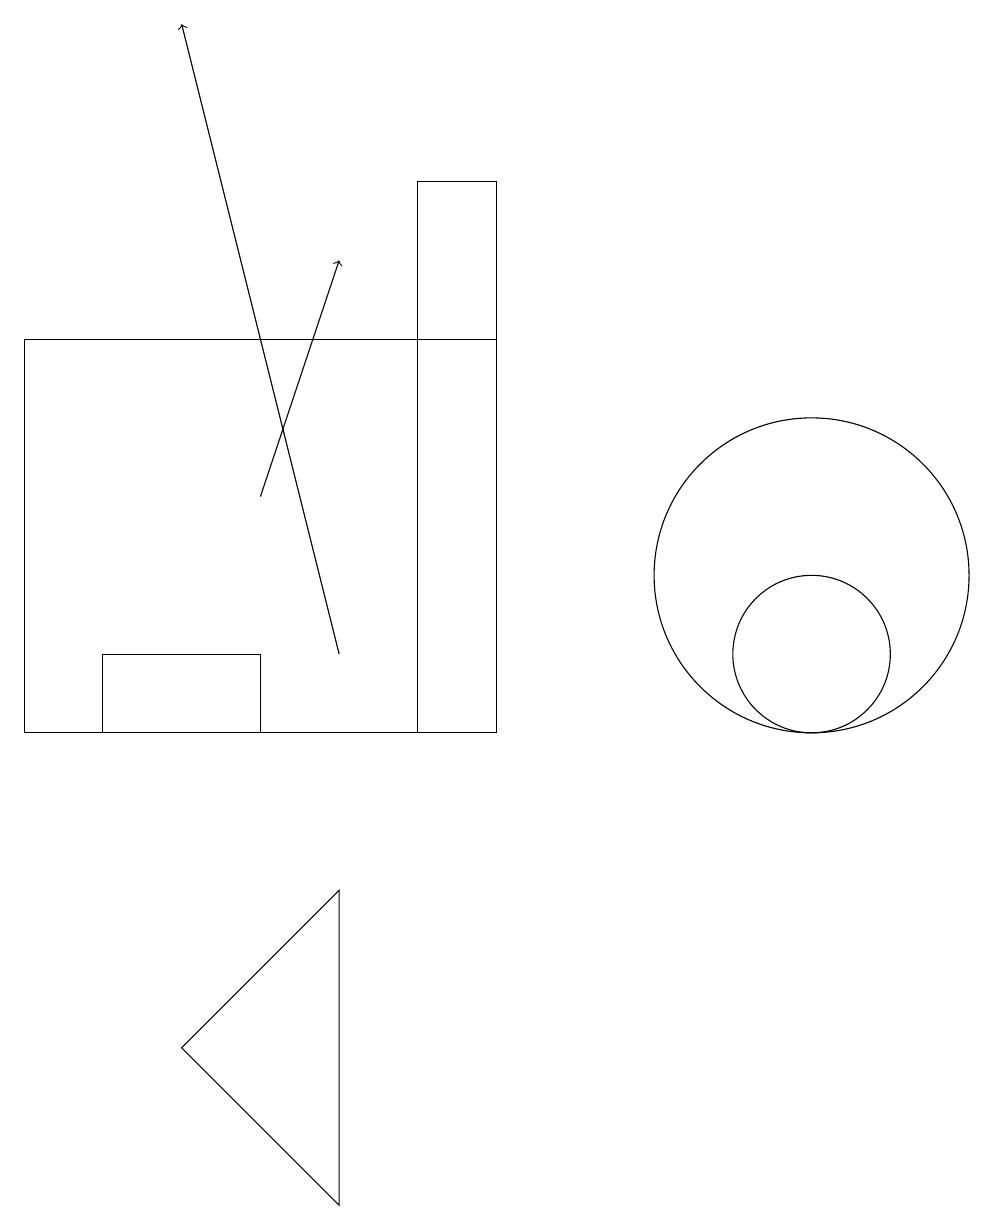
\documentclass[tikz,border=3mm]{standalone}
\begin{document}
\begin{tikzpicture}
\draw (6,10) rectangle (0,15);
\draw (3,11) rectangle (1,10);
\draw (10,12) circle (2);
\draw[->] (4,11) -- (2,19);
\draw (5,10) rectangle (6,17);
\draw[->] (3,13) -- (4,16);
\draw (4,4) -- (2,6) -- (4,8) -- cycle;
\draw (10,11) circle (1);
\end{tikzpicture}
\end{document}